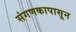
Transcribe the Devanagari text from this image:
संगणकापासून